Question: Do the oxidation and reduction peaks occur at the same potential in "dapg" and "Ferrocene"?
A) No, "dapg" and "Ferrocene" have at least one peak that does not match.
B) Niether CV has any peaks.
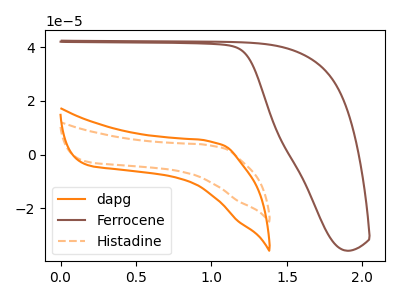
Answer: <think>The orange curve "dapg" has no peaks. The brown curve "Ferrocene" has no peaks. The orange dashed curve "Histadine" has no peaks.</think>
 <answer>B) Niether CV has any peaks.</answer>
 <eval>B</eval>